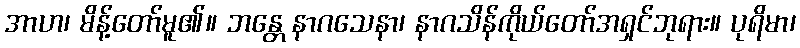
အာဟ၊ မိန့်တော်မူ၏။ ဘန္တေ နာဂသေနာ၊ နာဂသိန်ကိုယ်တော်အရှင်ဘုရား။ ပုရိမာ၊